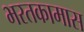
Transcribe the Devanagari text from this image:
भरतकामास